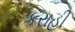
કરાહી